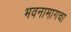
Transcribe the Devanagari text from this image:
भवनामागचा